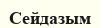
Сейдазым